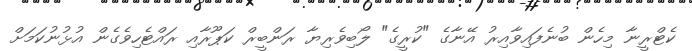
ކެޓްރީނާ މިހެން ބުނެފައިވާއިރު އޭނާގެ "ކުރީގެ" ލޯބިވެރިޔާ ރަންބީރް ކަޕޫރާއި ރައްޓެހިވެގެން އުޅުނުކަމަށް